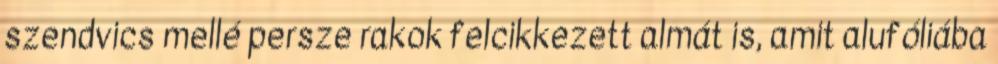
szendvics mellé persze rakok felcikkezett almát is, amit alufóliába